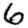
Digit: 6